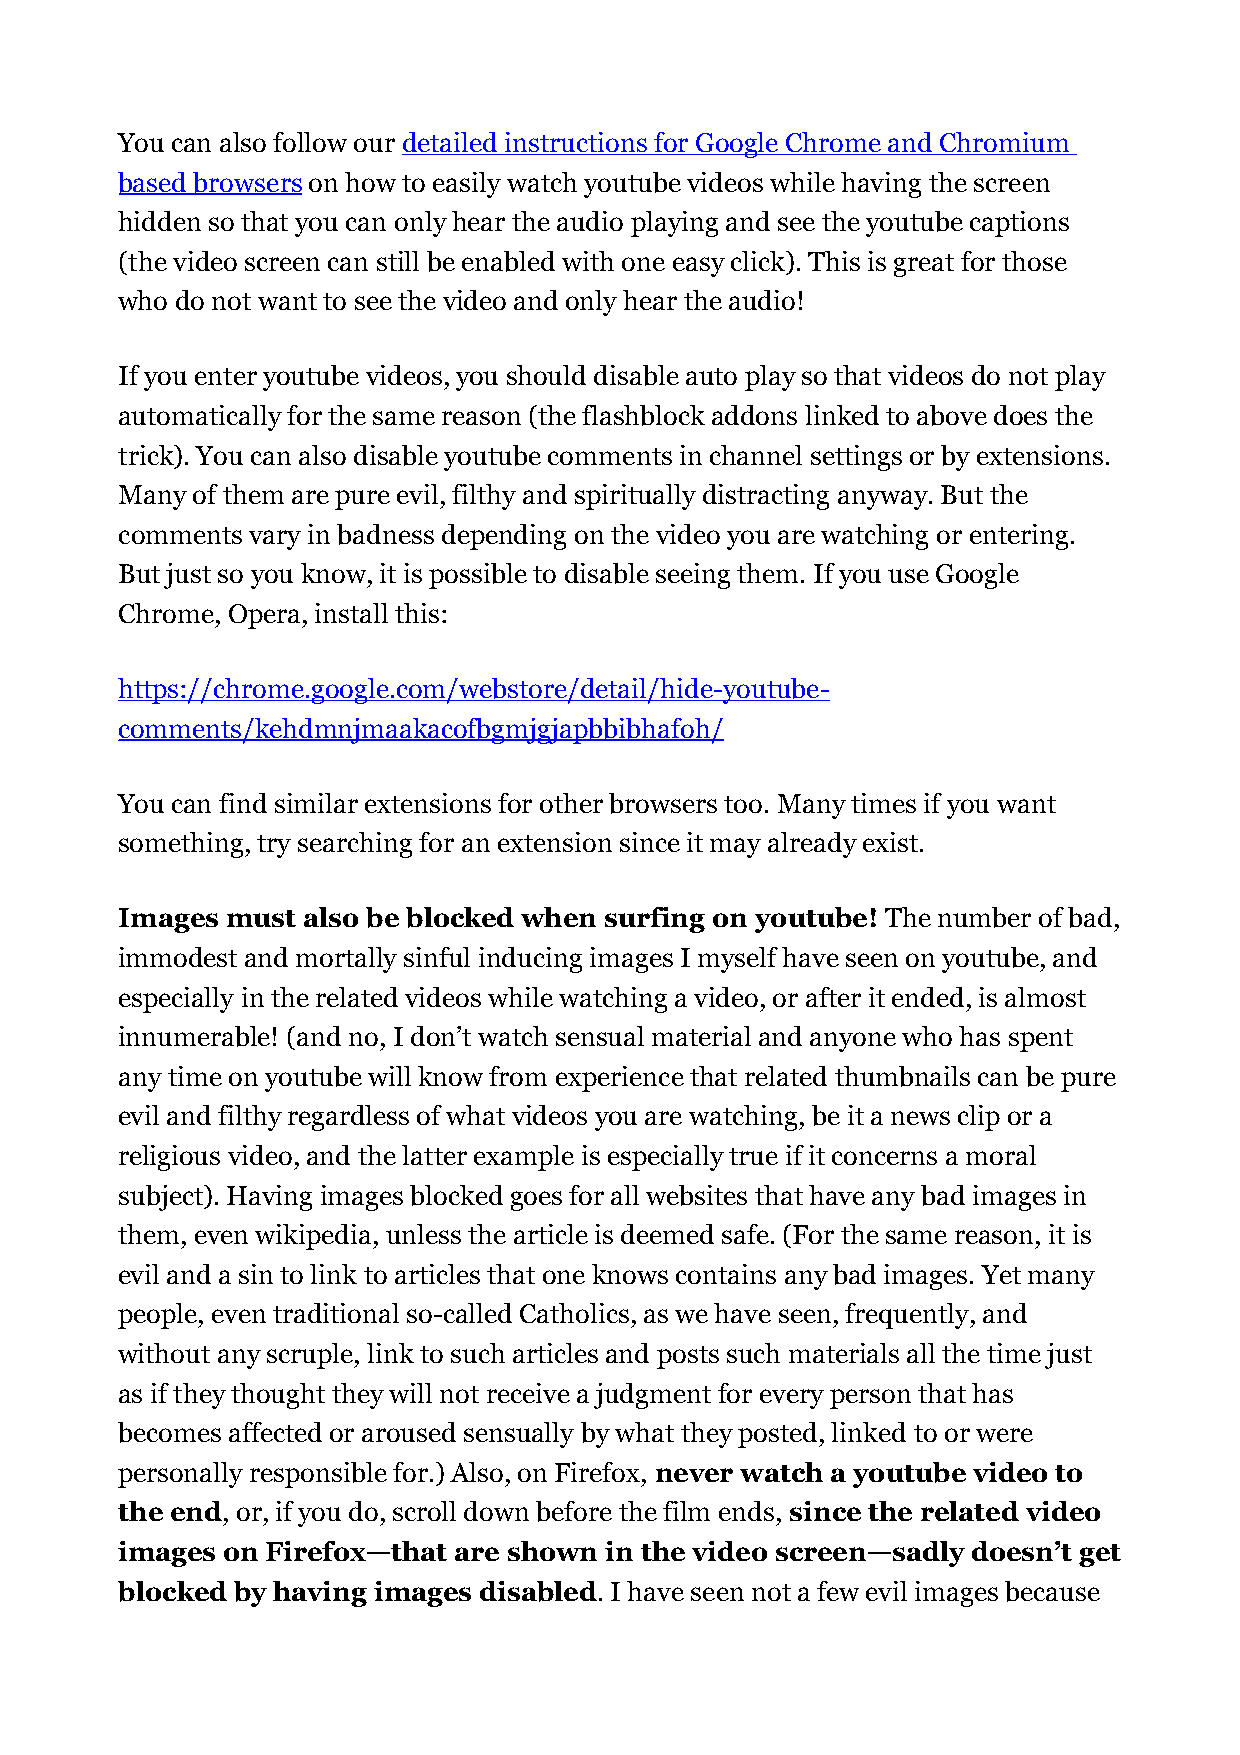
You can also follow our detailed instructions for Google Chrome and Chromium
 based browsers on how to easily watch youtube videos while having the screen
 hidden so that you can only hear the audio playing and see the youtube captions
 (the video screen can still be enabled with one easy click). This is great for those
 who do not want to see the video and only hear the audio!
 If you enter youtube videos, you should disable auto play so that videos do not play
 automatically for the same reason (the flashblock addons linked to above does the
 trick). You can also disable youtube comments in channel settings or by extensions.
 Many of them are pure evil, filthy and spiritually distracting anyway. But the
 comments vary in badness depending on the video you are watching or entering.
 But just so you know, it is possible to disable seeing them. If you use Google
 Chrome, Opera, install this:
 https://chrome.google.com/webstore/detail/hide-youtube-
 comments/kehdmnjmaakacofbgmjgjapbbibhafoh/
 You can find similar extensions for other browsers too. Many times if you want
 something, try searching for an extension since it may already exist.
 Images must also be blocked when surfing on youtube! The number of bad,
 immodest and mortally sinful inducing images I myself have seen on youtube, and
 especially in the related videos while watching a video, or after it ended, is almost
 innumerable! (and no, I don’t watch sensual material and anyone who has spent
 any time on youtube will know from experience that related thumbnails can be pure
 evil and filthy regardless of what videos you are watching, be it a news clip or a
 religious video, and the latter example is especially true if it concerns a moral
 subject). Having images blocked goes for all websites that have any bad images in
 them, even wikipedia, unless the article is deemed safe. (For the same reason, it is
 evil and a sin to link to articles that one knows contains any bad images. Yet many
 people, even traditional so-called Catholics, as we have seen, frequently, and
 without any scruple, link to such articles and posts such materials all the time just
 as if they thought they will not receive a judgment for every person that has
 becomes affected or aroused sensually by what they posted, linked to or were
 personally responsible for.) Also, on Firefox, never watch a youtube video to
 the end, or, if you do, scroll down before the film ends, since the related video
 images on Firefox—that are shown in the video screen—sadly doesn’t get
 blocked by having images disabled. I have seen not a few evil images because